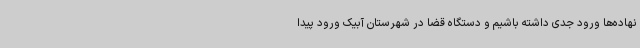
نهاده‌ها ورود جدی داشته باشیم و دستگاه قضا در شهرستان آبیک ورود پیدا